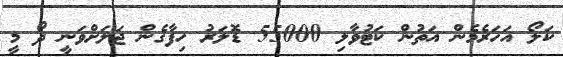
ކަލޯ އަހަރެމެން އަތުން ކަޓުވާލި 55000 ޑޮލަރު ހިފާގެން ޖަލަށްވަނީ ދޯ މީ